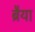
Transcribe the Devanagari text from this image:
ब्रैया